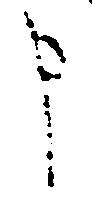
申